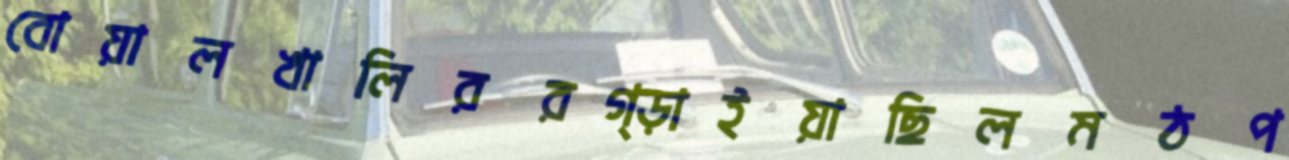
বোয়ালখালিররগ্‌ড়াইয়াছিলমঠপ